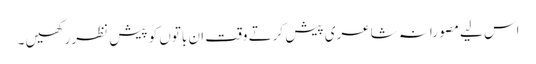
اس لیے مصورانہ شاعری پیش کرتے وقت ان باتوں کو پیش نظر رکھیں ۔